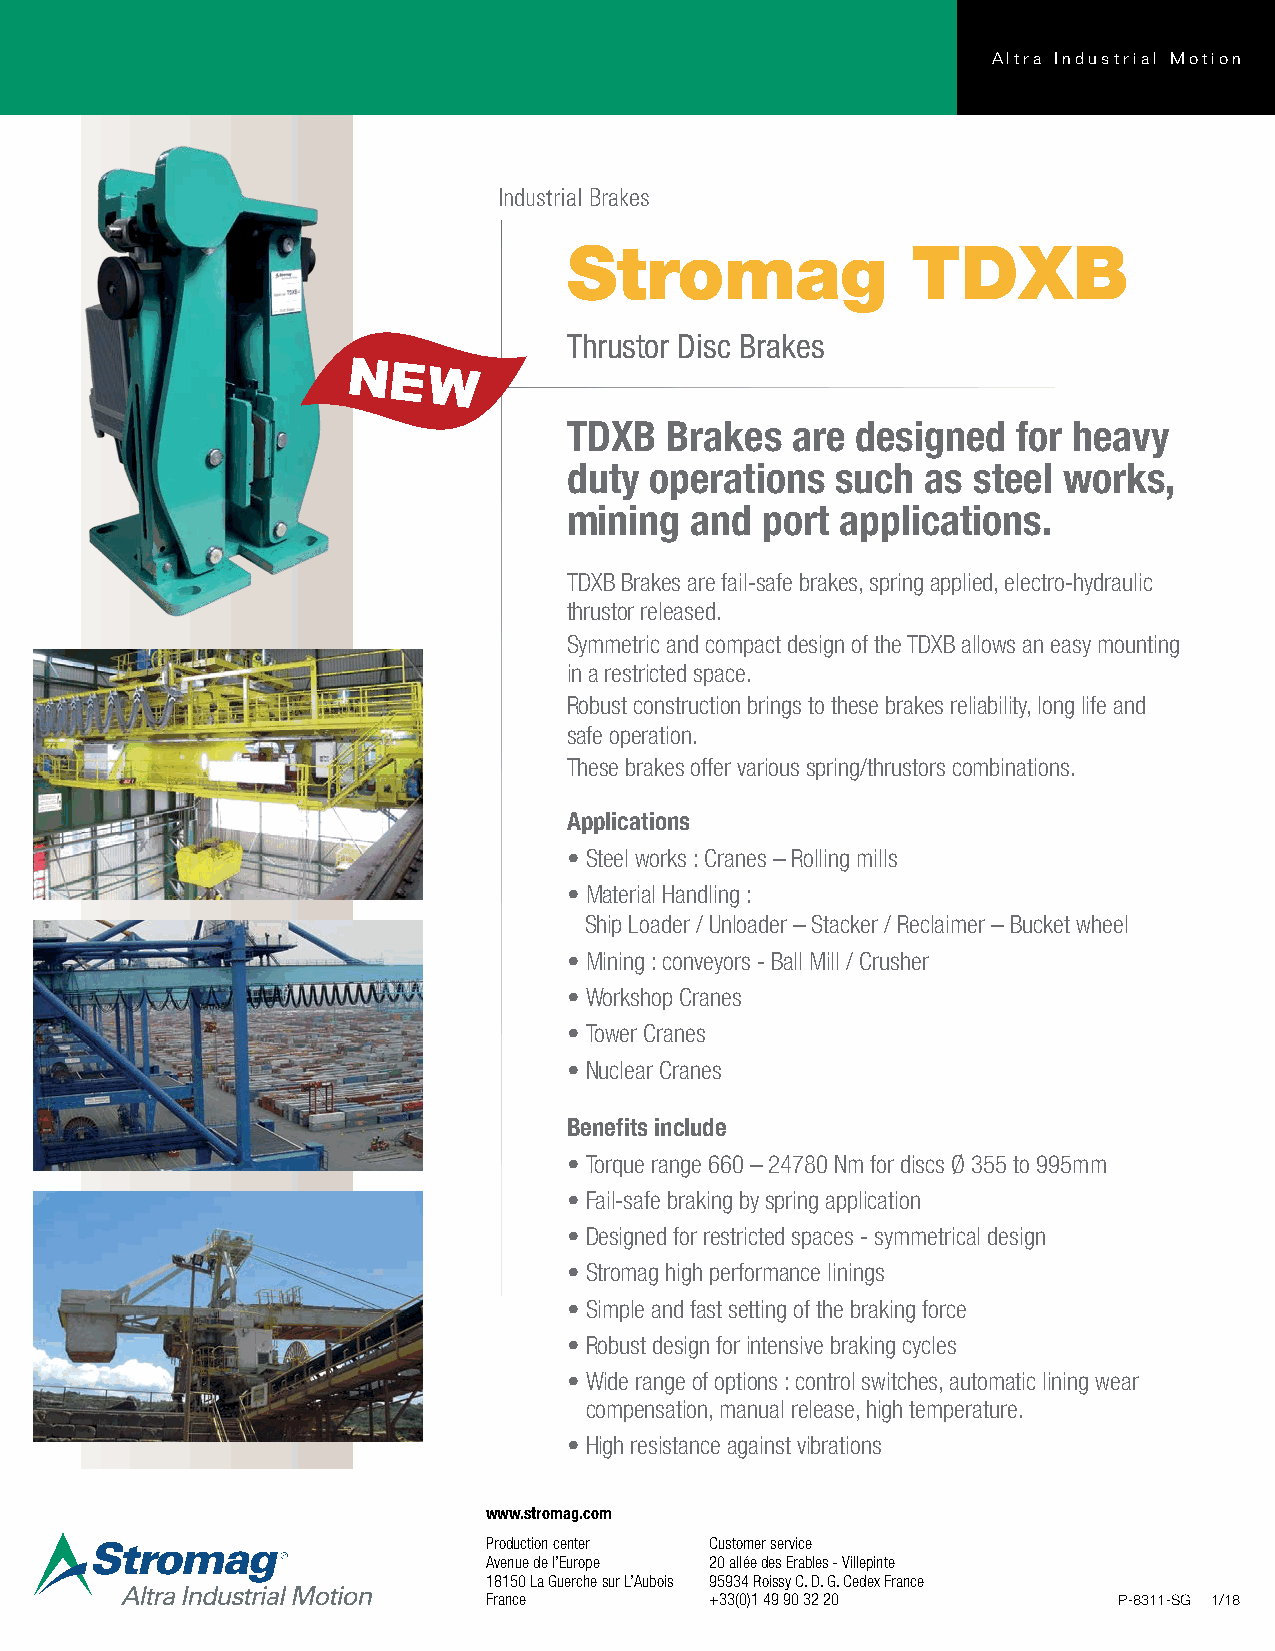
Altra Industrial Motion
 Industrial Brakes
 Stromag               TDXB
 Thrustor Disc Brakes
 TDXB  Brakes  are  designed  for heavy
 duty operations  such  as steel works,
 mining  and port  applications.
 TDXB Brakes are fail-safe brakes, spring applied, electro-hydraulic
 thrustor released.
 Symmetric and compact design of the TDXB allows an easy mounting
 in a restricted space.
 Robust construction brings to these brakes reliability, long life and
 safe operation.
 These brakes offer various spring/thrustors combinations.
 Applications
 • Steel works : Cranes – Rolling mills
 • Material Handling :
 Ship Loader / Unloader – Stacker / Reclaimer – Bucket wheel
 • Mining : conveyors - Ball Mill / Crusher
 • Workshop Cranes
 • Tower Cranes
 • Nuclear Cranes
 Benefits include
 • Torque range 660 – 24780 Nm for discs Ø 355 to 995mm
 • Fail-safe braking by spring application
 • Designed for restricted spaces - symmetrical design
 • Stromag high performance linings
 • Simple and fast setting of the braking force
 • Robust design for intensive braking cycles
 • Wide range of options : control switches, automatic lining wear
 compensation, manual release, high temperature.
 • High resistance against vibrations
 www.stromag.com
 Production center Customer service
 Avenue de l’Europe 20 allée des Erables - Villepinte
 18150 La Guerche sur L’Aubois 95934 Roissy C. D. G. Cedex France
 France         +33(0)1 49 90 32 20        P-8311-SG 1/18